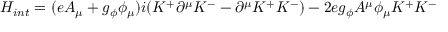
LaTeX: H _ { i n t } = ( e A _ { \mu } + g _ { \phi } \phi _ { \mu } ) i ( K ^ { + } \partial ^ { \mu } K ^ { - } - \partial ^ { \mu } K ^ { + } K ^ { - } ) - 2 e g _ { \phi } A ^ { \mu } \phi _ { \mu } K ^ { + } K ^ { - }